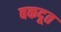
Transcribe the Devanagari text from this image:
बकदूत